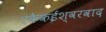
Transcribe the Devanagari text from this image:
एकैकईश्‍वरवाद